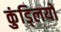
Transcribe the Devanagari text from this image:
कुंड्लियों